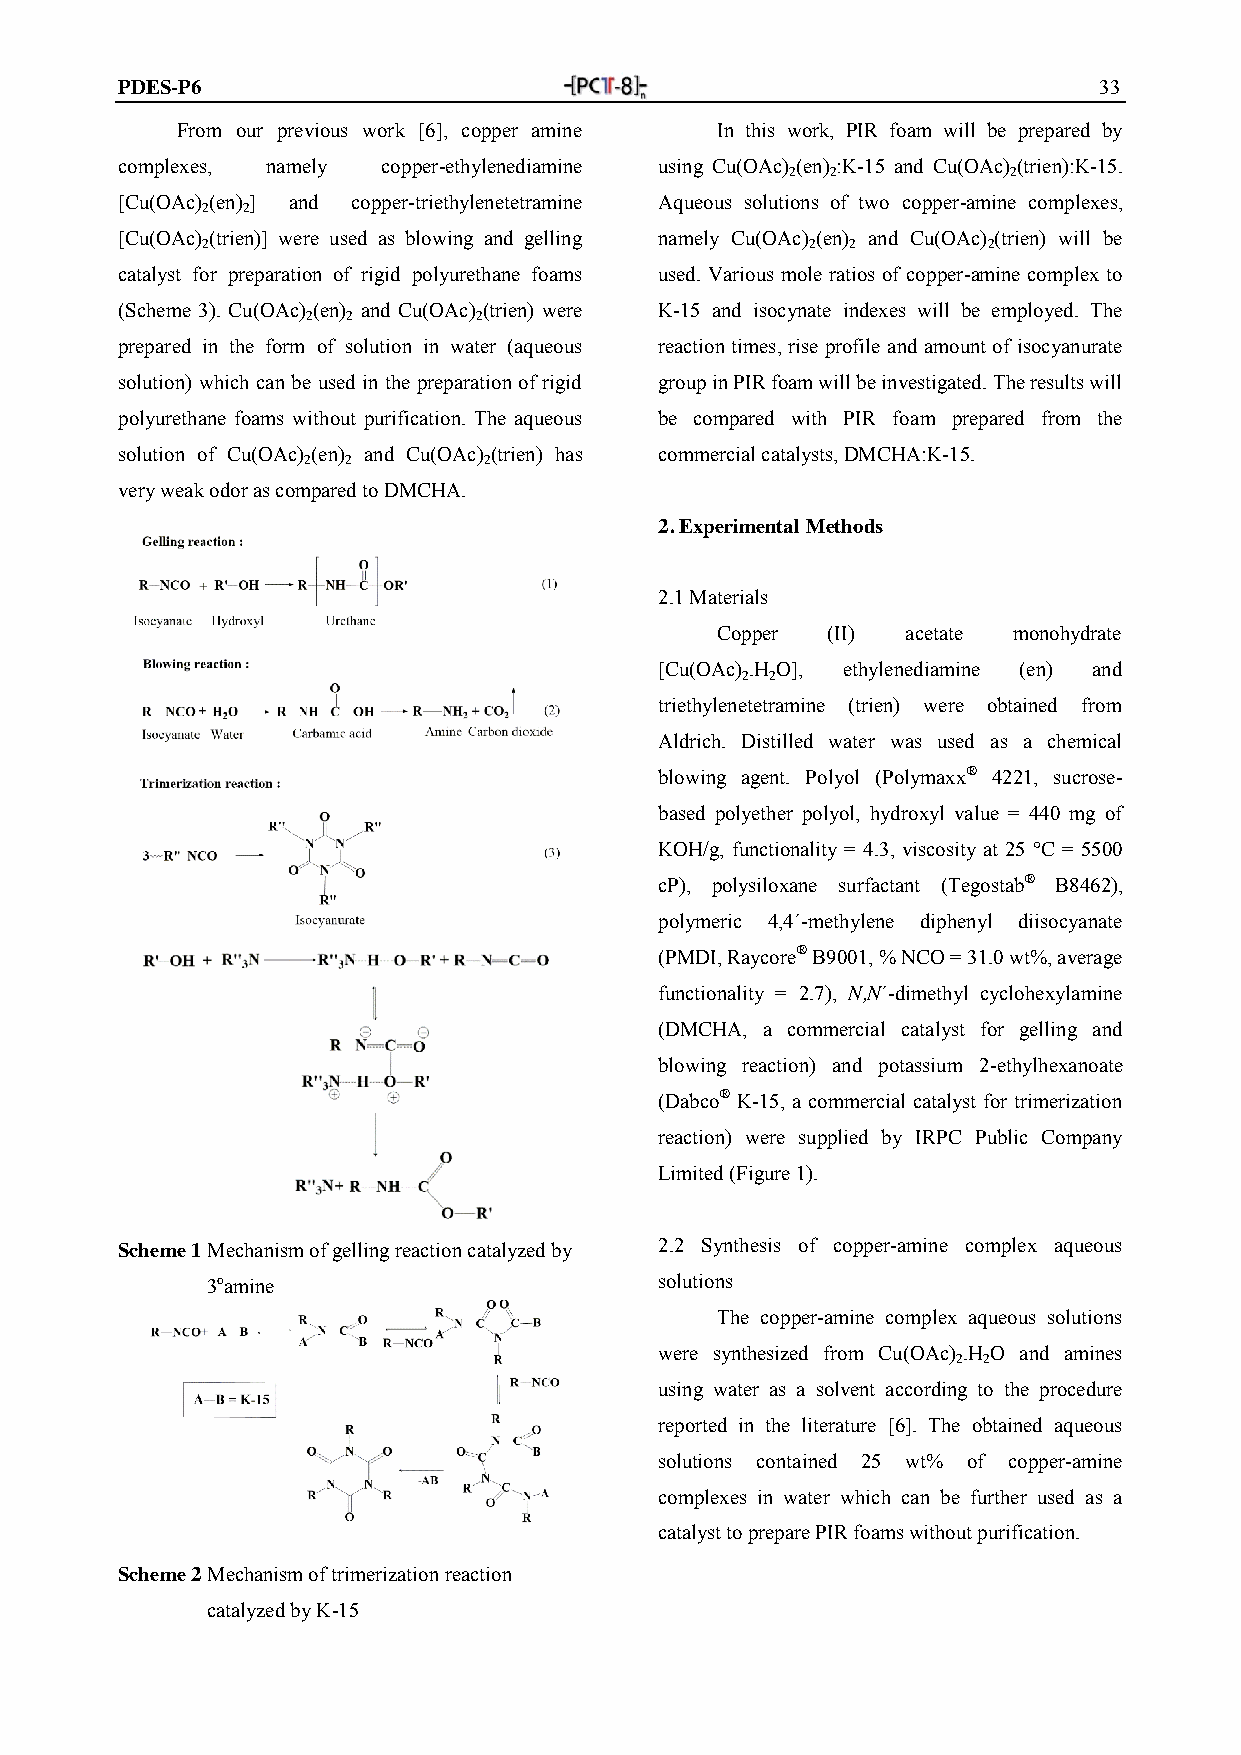
PDES-P6                                                          33
 From our previous work [6], copper amine In this work, PIR foam will be prepared by
 complexes, namely copper-ethylenediamine using Cu(OAc) (en) :K-15 and Cu(OAc) (trien):K-15.
 2  2           2
 [Cu(OAc) (en) ] and copper-triethylenetetramine Aqueous solutions of two copper-amine complexes,
 2  2
 [Cu(OAc) (trien)] were used as blowing and gelling namely Cu(OAc) (en) and Cu(OAc) (trien) will be
 2                                        2 2        2
 catalyst for preparation of rigid polyurethane foams used. Various mole ratios of copper-amine complex to
 (Scheme 3). Cu(OAc) (en) and Cu(OAc) (trien) were K-15 and isocynate indexes will be employed. The
 2  2       2
 prepared in the form of solution in water (aqueous reaction times, rise profile and amount of isocyanurate
 solution) which can be used in the preparation of rigid group in PIR foam will be investigated. The results will
 polyurethane foams without purification. The aqueous be compared with PIR foam prepared from the
 solution of Cu(OAc) (en) and Cu(OAc) (trien) has commercial catalysts, DMCHA:K-15.
 2  2        2
 very weak odor as compared to DMCHA.
 2. Experimental Methods
 2.1 Materials
 Copper  (II) acetate monohydrate
 [Cu(OAc) .H O], ethylenediamine (en) and
 2 2
 triethylenetetramine (trien) were obtained from
 Aldrich. Distilled water was used as a chemical
 blowing agent. Polyol (Polymaxx® 4221, sucrose-
 based polyether polyol, hydroxyl value = 440 mg of
 KOH/g, functionality = 4.3, viscosity at 25 °C = 5500
 cP), polysiloxane surfactant (Tegostab® B8462),
 polymeric 4,4´-methylene diphenyl diisocyanate
 (PMDI, Raycore® B9001, % NCO = 31.0 wt%, average
 functionality = 2.7), N,N´-dimethyl cyclohexylamine
 (DMCHA, a commercial catalyst for gelling and
 blowing reaction) and potassium 2-ethylhexanoate
 (Dabco® K-15, a commercial catalyst for trimerization
 reaction) were supplied by IRPC Public Company
 Limited (Figure 1).
 Scheme 1 Mechanism of gelling reaction catalyzed by 2.2 Synthesis of copper-amine complex aqueous
 3oamine                       solutions
 The copper-amine complex aqueous solutions
 were synthesized from Cu(OAc) 2.H 2O and amines
 using water as a solvent according to the procedure
 reported in the literature [6]. The obtained aqueous
 solutions contained 25 wt% of copper-amine
 complexes in water which can be further used as a
 catalyst to prepare PIR foams without purification.
 Scheme 2 Mechanism of trimerization reaction
 catalyzed by K-15